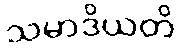
သမာဒိယတိ